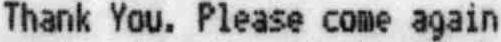
THANK YOU. PLEASE COME AGAIN